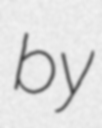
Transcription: by